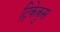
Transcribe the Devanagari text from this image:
ट्रिकेकुस